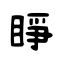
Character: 睁